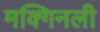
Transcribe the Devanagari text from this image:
मक्गिनली